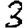
Digit: 3